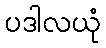
ပဒါလယုံ